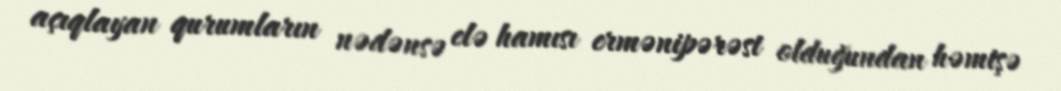
açıqlayan qurumların nədənsə elə hamısı ermənipərəst olduğundan həmişə